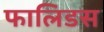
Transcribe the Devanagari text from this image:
फालिडस